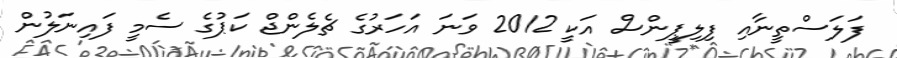
ފަލަސްތީނާއި ފިލިޕީންސް އަކީ 2012 ވަނަ އަހަރުގެ ޗެލެންޖް ކަޕުގެ ސެމީ ފައިނަލުން